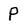
Character: P